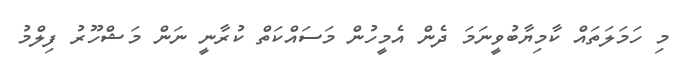
މި ހަމަލަތައް ކާމިޔާބުވީނަމަ ދެން އެމީހުން މަސައްކަތް ކުރާނީ ނަން މަޝްހޫރު ފިލްމު